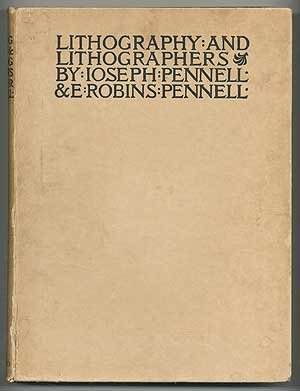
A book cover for Lithography & Lithographers; Some Chapters in the History of the Art; Joseph and Elizabeth Robins Pennell (James McNeill Whistler) PENNELL; Arts & Photography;